Report of an investigation into the causes of the diseases known in Assam as Kála-Azár and Beri-Beri
Disease focus: Beri-Beri
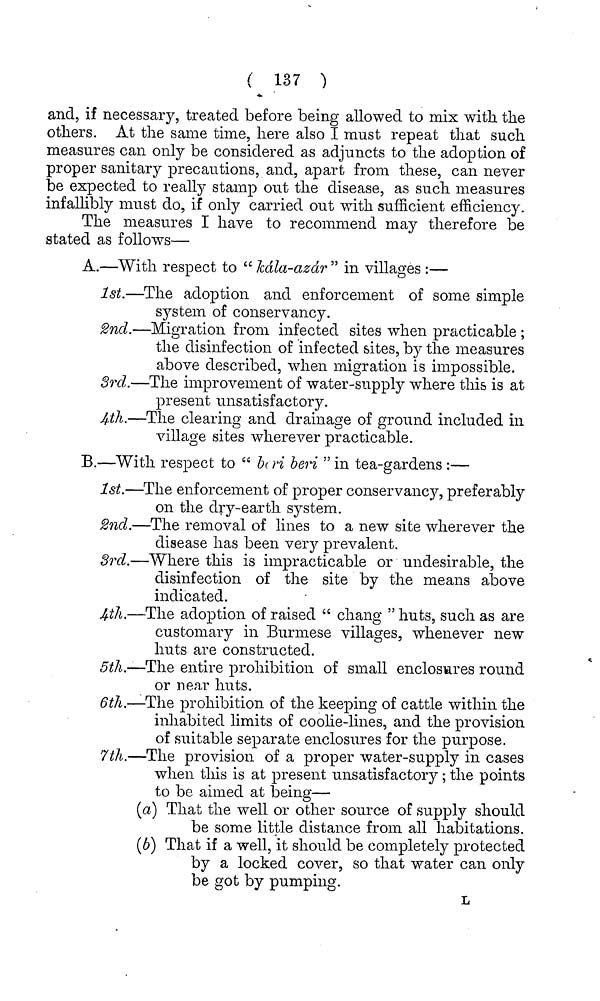
( 137 )
and, if necessary, treated before being allowed to mix with, the
others. At the same time, here also I must repeat that such
measures can only be considered as adjuncts to the adoption of
proper sanitary precautions, and, apart from these, can never
be expected to really stamp out the disease, as such measures
infallibly must do, if only carried out with sufficient efficiency.
The measures I have to recommend may therefore be
stated as follows—
A.—With respect to " Jcdla-azdr " in villages :—
1st.—The adoption and enforcement of some simple
system of conservancy.
2nd.—Migration from infected sites when practicable ;
the disinfection of infected sites, by the measures
above described, when migration is impossible.
3rd.—The improvement of water-supply where this is at
present unsatisfactory.
4th.—The clearing and drainage of ground included in
village sites wherever practicable.
B.—With respect to " be ri beri " in tea-gardens :—
1st.—The enforcement of proper conservanc} 7 ", preferably
on the dry-earth system.
2nd.—The removal of lines to a new site wherever the
disease has been very prevalent.
3rd.—Where this is impracticable or undesirable, the
disinfection of the site by the means above
indicated.
4th.—The adoption of raised " chang " huts, such as are
customary in Burmese villages, whenever new
huts are constructed.
5th.—The entire prohibition of small enclosures round
or near huts.
6th.—The prohibition of the keeping of cattle within the
inhabited limits of coolie-lines, and the provision
of suitable separate enclosures for the purpose.
7th.—The provision of a proper water-supply in cases
when this is at present unsatisfactory; the points
to be aimed at being—
(a) That the well or other source of supply should
be some little distance from all habitations.
(b) That if a well, it should be completely protected
by a locked cover, so that water can only
be got by pumping.
L